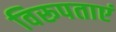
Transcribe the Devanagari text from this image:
विरूपताएं